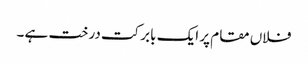
فلاں مقام پر ایک بابرکت درخت ہے ۔